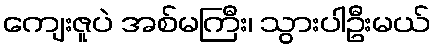
ကျေးဇူပဲ အစ်မကြီး၊ သွားပါဦးမယ်